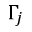
\Gamma _ { j }